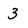
Character: 3